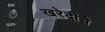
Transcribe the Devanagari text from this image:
खरेदीचे